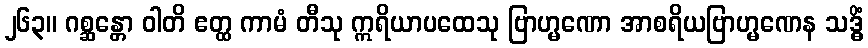
၂၆၃။ ဂစ္ဆန္တော ဝါတိ ဧတ္ထ ကာမံ တီသု ဣရိယာပထေသု ဗြာဟ္မဏော အာစရိယဗြာဟ္မဏေန သဒ္ဓိံ